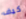
كيف